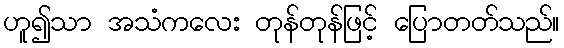
ဟူ၍သာ အသံကလေး တုန်တုန်ဖြင့် ပြောတတ်သည်။